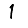
Digit: 1